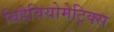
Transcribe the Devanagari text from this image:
बिहेवियोमेट्रिक्स